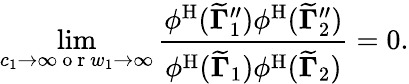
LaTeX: \operatorname*{lim}_{c_{1}\to\infty\mathrm{~o~r~}w_{1}\to\infty}\frac{\phi^{\mathrm{H}}({\widetilde{\mathbf{\Gamma}}}_{1}^{\prime\prime})\phi^{\mathrm{H}}({\widetilde{\mathbf{\Gamma}}}_{2}^{\prime\prime})}{\phi^{\mathrm{H}}({\widetilde{\mathbf{\Gamma}}}_{1})\phi^{\mathrm{H}}({\widetilde{\mathbf{\Gamma}}}_{2})}=0.